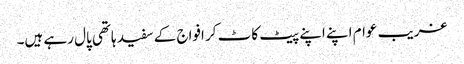
غریب عوام اپنے اپنے پیٹ کاٹ کر افواج کے سفید ہاتھی پال رہے ہیں۔